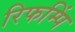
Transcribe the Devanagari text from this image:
रिफम्पिं